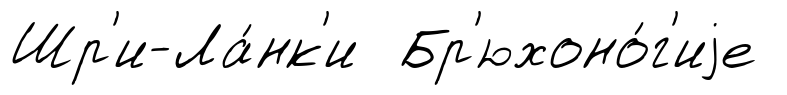
Шр'и-Ла́нк'и Бр'юхоно́г'иjе